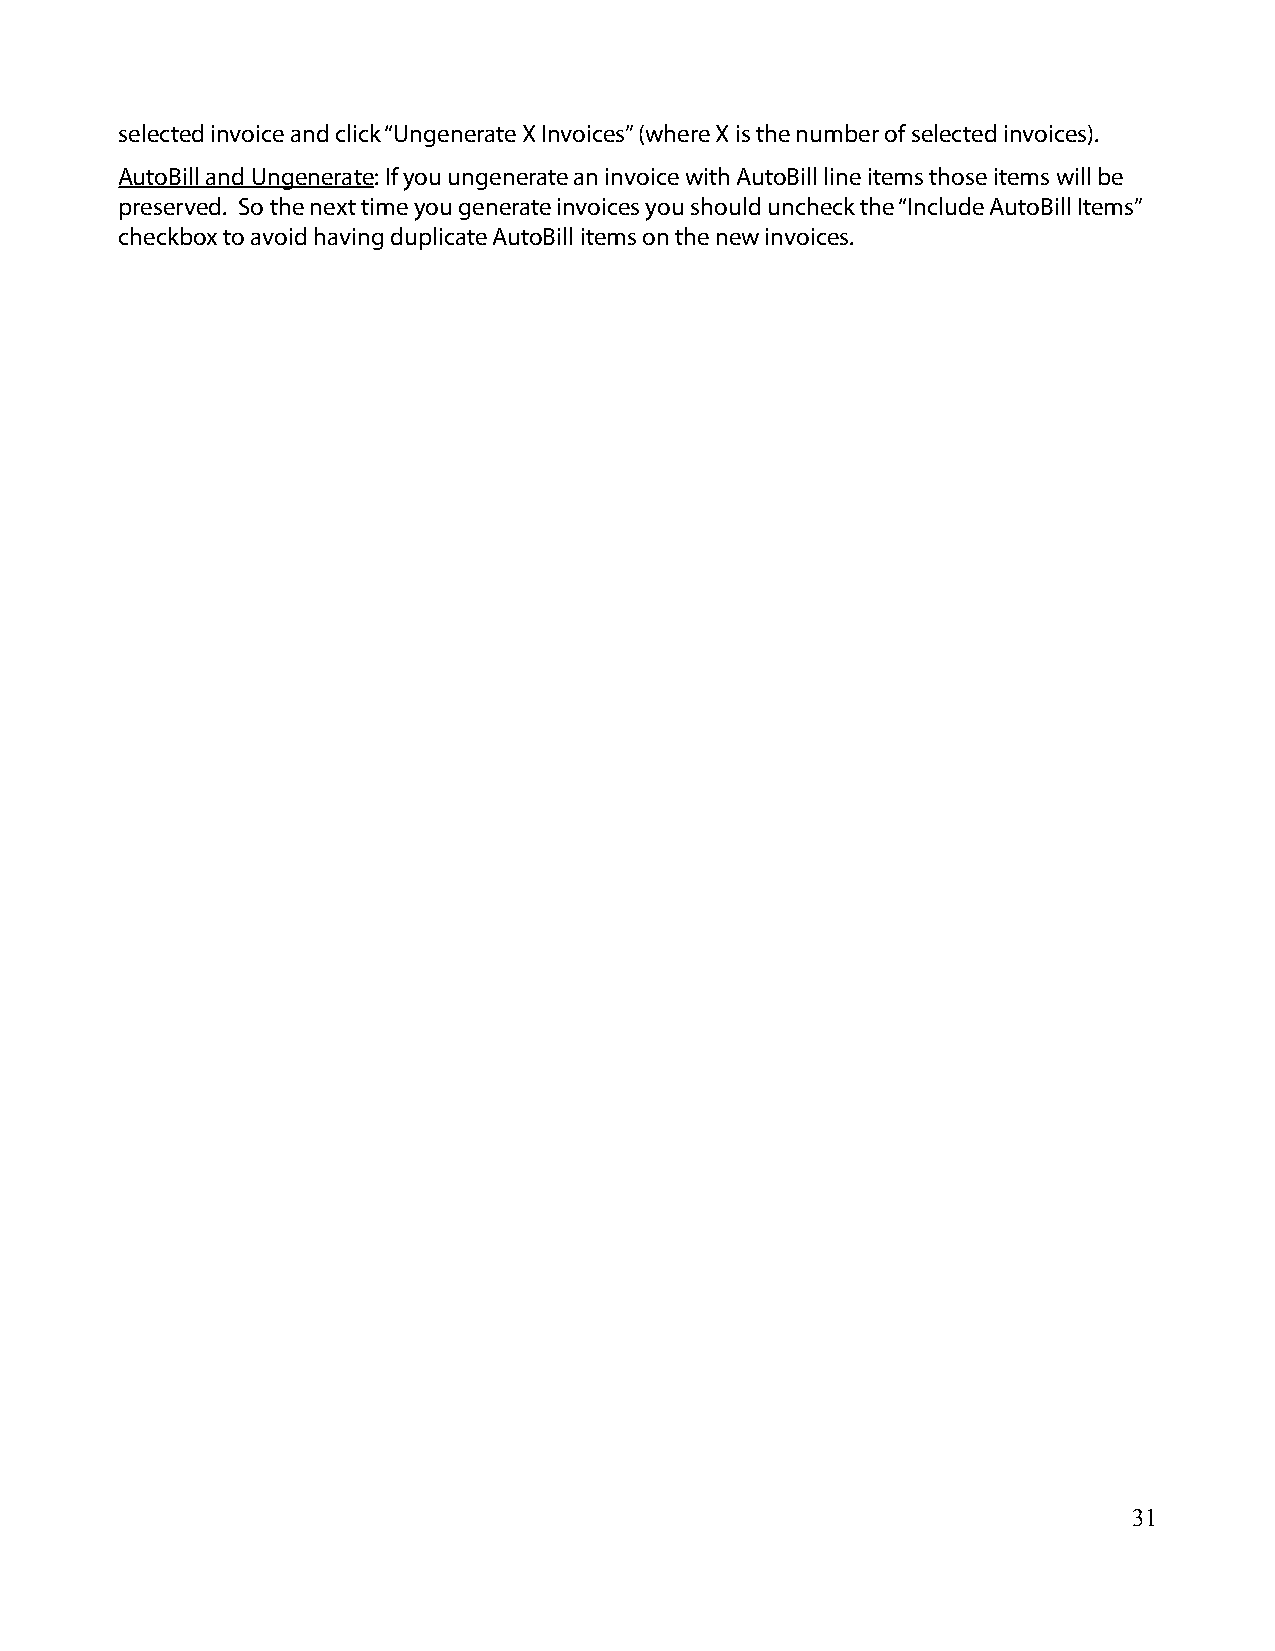
selected invoice and click “Ungenerate X Invoices” (where X is the number of selected invoices).
 AutoBill and Ungenerate: If you ungenerate an invoice with AutoBill line items those items will be
 preserved. So the next time you generate invoices you should uncheck the “Include AutoBill Items”
 checkbox to avoid having duplicate AutoBill items on the new invoices.
 31